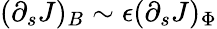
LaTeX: (\partial_{s}J)_{B}\sim\epsilon(\partial_{s}J)_{\Phi}